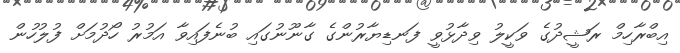
އިބްރާހިމް ރަޝީދުގެ ވަކީލު ވިދާޅުވީ ފަނޑިޔާރުންގެ ގާނޫނުގައި ބުނެފައިވާ އަމުރު ހޯދުމަށް ފުލުހުން